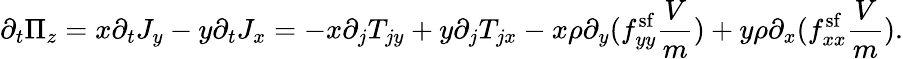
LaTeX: \partial_{t}\Pi_{z}=x\partial_{t}J_{y}-y\partial_{t}J_{x}=-x\partial_{j}T_{jy}+y\partial_{j}T_{jx}-x\rho\partial_{y}(f_{yy}^{\mathrm{sf}}\frac{V}{m})+y\rho\partial_{x}(f_{xx}^{\mathrm{sf}}\frac{V}{m}).